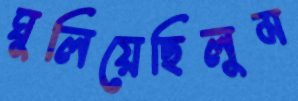
ঘুলিয়েছিলুম